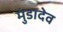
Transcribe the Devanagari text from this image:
मुंडादेव